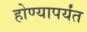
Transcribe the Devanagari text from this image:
होण्यापर्यंत